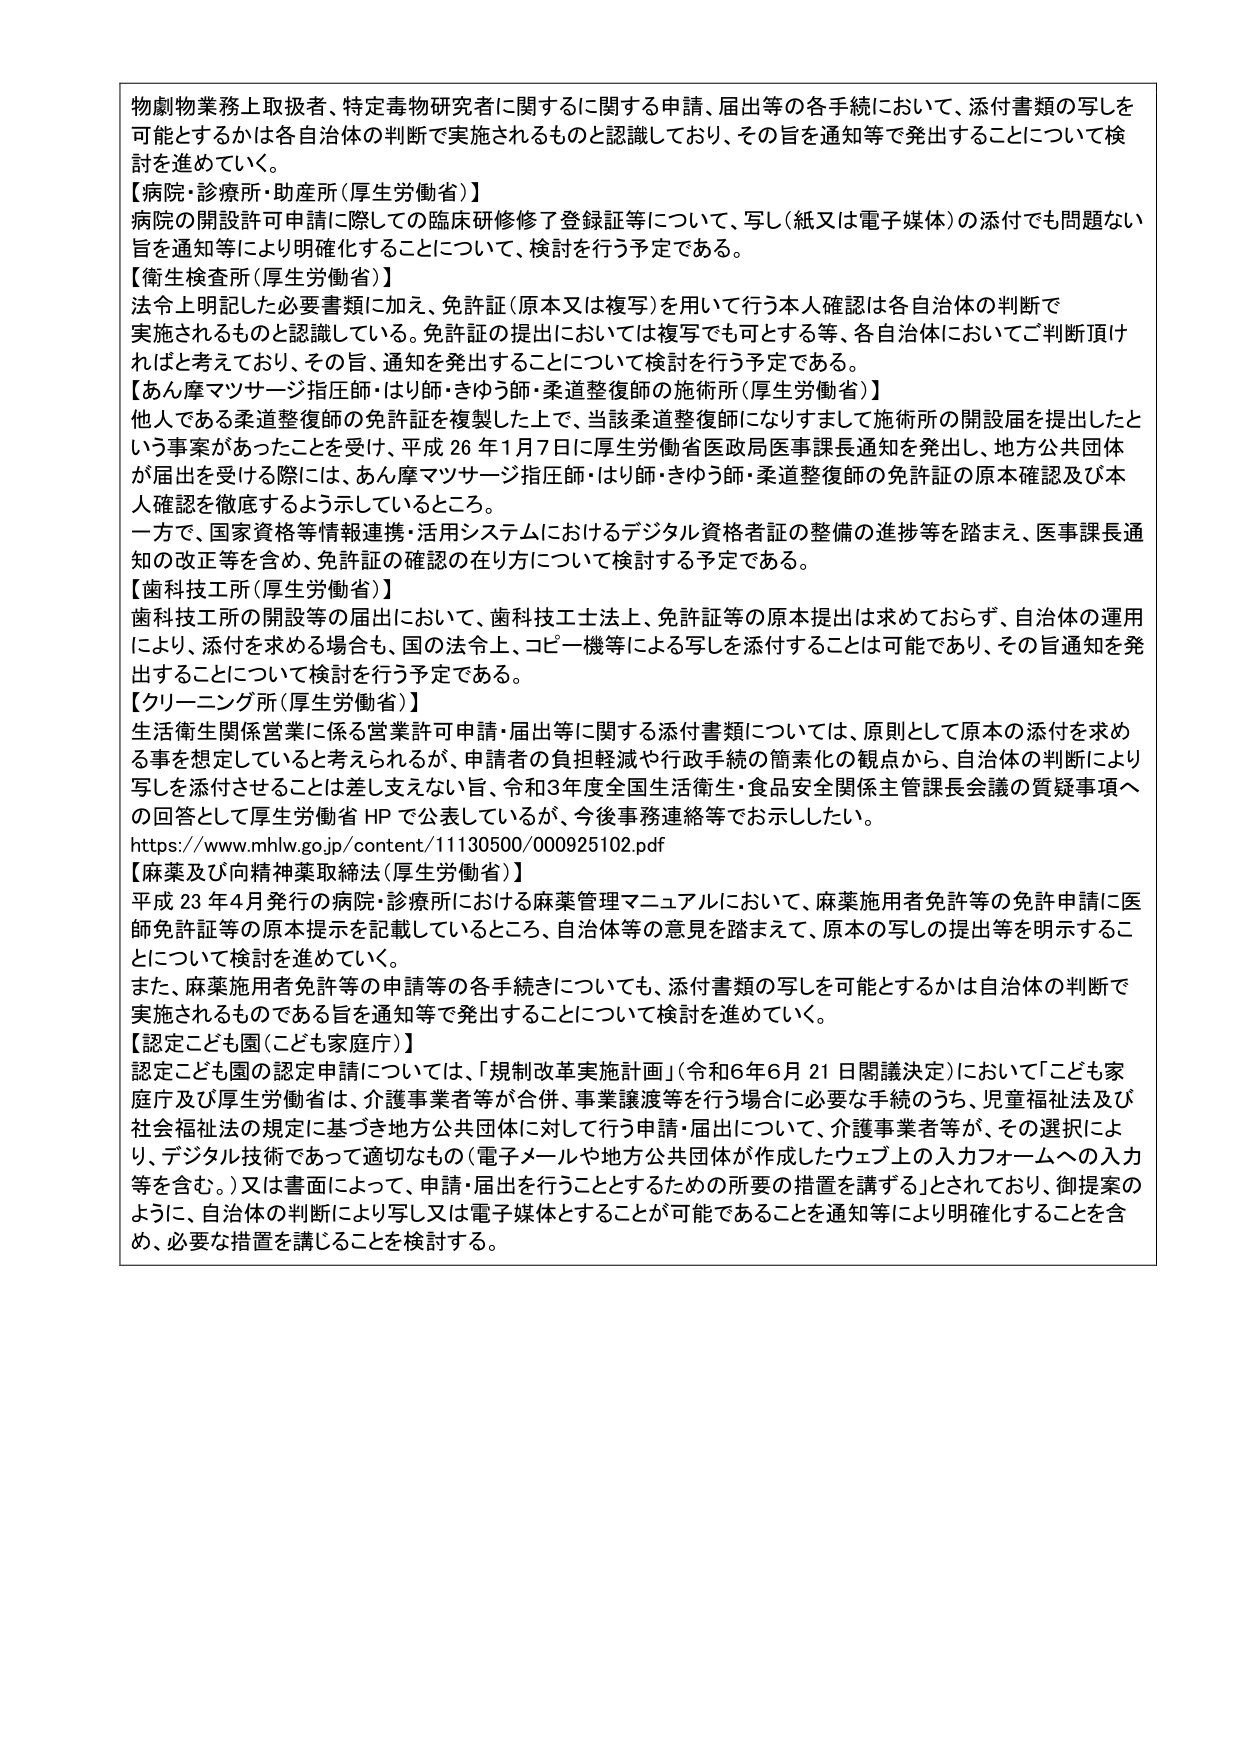
物劇物業務上取扱者、特定毒物研究者に関するに関する申請、届出等の各手続において、添付書類の写しを可能とするかは各自治体の判断で実施されるものと認識しており、その旨を通知等で発出することについて検討を進めていく。

【病院・診療所・助産所（厚生労働省）】
病院の開設許可申請に際しての臨床研修修了登録証等について、写し（紙又は電子媒体）の添付でも問題ない旨を通知等により明確化することについて、検討を行う予定である。

【衛生検査所（厚生労働省）】
法令上明記した必要書類に加え、免許証（原本又は複写）を用いて行う本人確認は各自治体の判断で実施されるものと認識している。免許証の提出においては複写でも可とする等、各自治体においてご判断頂ければと考えており、その旨、通知を発出することについて検討を行う予定である。

【あん摩マツサージ指圧師・はり師・きゅう師・柔道整復師の施術所（厚生労働省）】
他人である柔道整復師の免許証を複製した上で、当該柔道整復師になりすまして施術所の開設届を提出したという事案があったことを受け、平成26年1月7日に厚生労働省医政局医事課長通知を発出し、地方公共団体が届出を受けた際には、あん摩マツサージ指圧師・はり師・きゅう師・柔道整復師の免許証の原本確認及び本人確認を徹底するよう示しているところ。
一方で、国家資格等情報連携・活用システムにおけるデジタル資格者証の整備の進捗等を踏まえ、医事課長通知の改正等を含め、免許証の確認の在り方について検討する予定である。

【歯科技工所（厚生労働省）】
歯科技工所の開設等の届出において、歯科技工士法上、免許証等の原本提出は求めておらず、自治体の運用により、添付を求める場合も、国の法令上、コピー機等による写しを添付することは可能であり、その旨通知を発出することについて検討を行う予定である。

【クリーニング所（厚生労働省）】
生活衛生関係営業に係る営業許可申請・届出等に関する添付書類については、原則として原本の添付を求める事を想定していると考えられるが、申請者の負担軽減や行政手続の簡素化の観点から、自治体の判断により写しを添付させることは差し支えない旨、令和3年度全国生活衛生・食品安全関係主管課長会議の質疑事項への回答として厚生労働省HPで公表しているが、今後事務連絡等でお示ししたい。
https://www.mhlw.go.jp/content/11130500/000925102.pdf

【麻薬及び向精神薬取締法（厚生労働省）】
平成23年4月発行の病院・診療所における麻薬管理マニュアルにおいて、麻薬施用者免許等の免許申請に医師免許証等の原本提示を記載しているところ、自治体等の意見を踏まえて、原本の写しの提出等を明示することについて検討を進めていく。
また、麻薬施用者免許等の申請等の各手続についても、添付書類の写しを可能とするかは自治体の判断で実施されるものである旨を通知等で発出することについて検討を進めていく。

【認定こども園（こども家庭庁）】
認定こども園の認定申請については、「規制改革実施計画」（令和6年6月21日閣議決定）において「こども家庭庁及び厚生労働省は、介護事業者等が合併、事業譲渡等を行う場合に必要な手続のうち、児童福祉法及び社会福祉法の規定に基づき地方公共団体に対して行う申請・届出について、介護事業者等が、その選択により、デジタル技術であって適切なもの（電子メールや地方公共団体が作成したウェブ上の入力フォームへの入力等を含む。）又は書面によって、申請・届出を行うこととするための所要の措置を講ずる」とされており、御提案のように、自治体の判断により写し又は電子媒体とすることが可能であることを通知等により明確化することを含め、必要な措置を講じることを検討する。